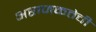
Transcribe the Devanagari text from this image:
अराजकतेची